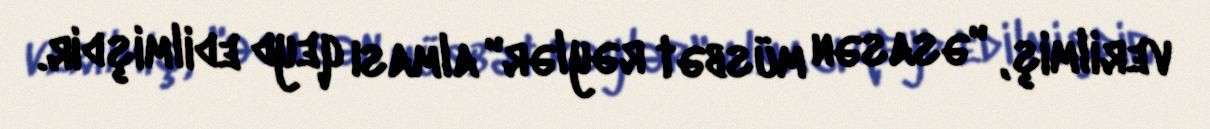
verilmiş, "əsasən müsbət rəylər" alması qeyd edilmişdir.